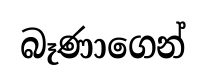
බෑණාගෙන්